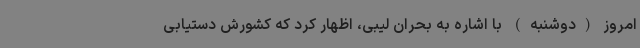
امروز (دوشنبه) با اشاره به بحران لیبی، اظهار کرد که کشورش دستیابی